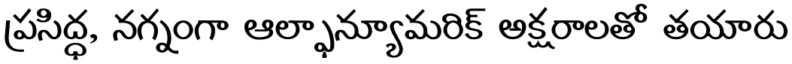
ప్రసిద్ధ, నగ్నంగా ఆల్ఫాన్యూమరిక్ అక్షరాలతో తయారు